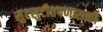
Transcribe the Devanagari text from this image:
सुटसुटीतपणासाठी